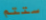
ستتم